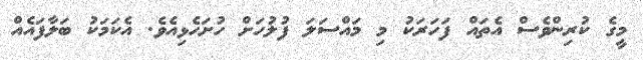
މީގެ ކުރިންވެސް އެތައް ފަހަރަކު މި މައްސަލަ ފުލުހަށް ހުށަހެޅިއެވެ. އެކަމަކު ބަލާފައެއް